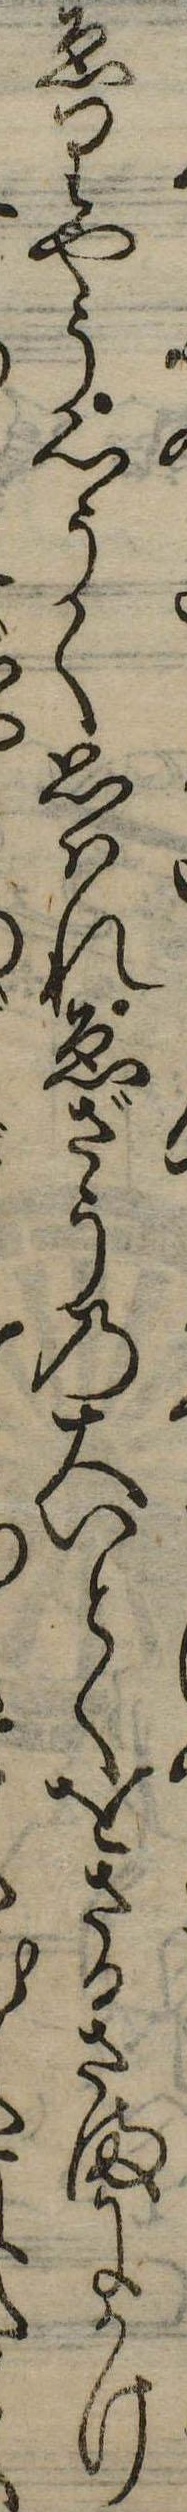
ゑりやう心うく思はれゑざうの大いとくをさかさまにかけ